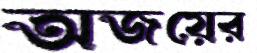
অজয়ের